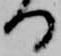
る